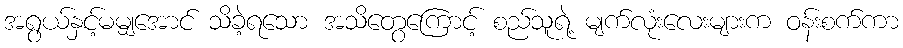
အရွယ်နှင့်မမျှအောင် သိခဲ့ရသော အသိတွေကြောင့် စည်သူရဲ့ မျက်လုံးလေးများက ဝန်းစက်ကာ